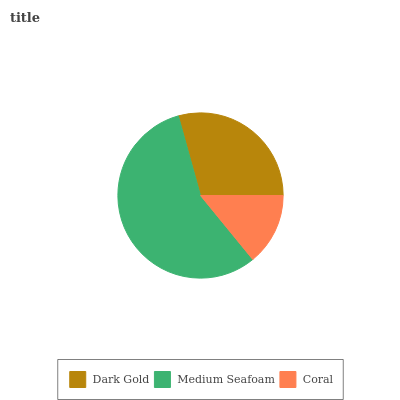
| Dark Gold | Medium Seafoam | Coral |
 | --- | --- | --- |
 | 29.3% | 56.6% | 14.1% |